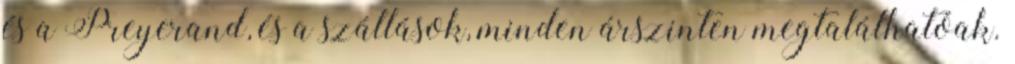
és a Preyerand, és a szállások, minden árszinten megtalálhatóak.